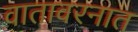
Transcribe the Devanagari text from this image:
वातावरनात